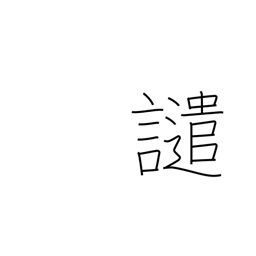
Meaning: reproach